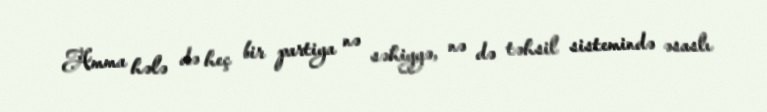
Amma hələ də heç bir partiya nə səhiyyə, nə də təhsil sistemində əsaslı